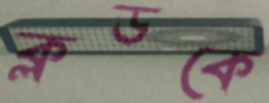
ক্লডকে